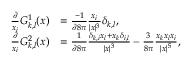
\begin{array} { r l } { \frac { \partial } { x _ { i } } G _ { k , l } ^ { 1 } ( \boldsymbol { x } ) } & { = \frac { - 1 } { \partial 8 \pi } \frac { x _ { i } } { | \boldsymbol { x } | ^ { 3 } } \delta _ { k , l } , } \\ { \frac { \partial } { x _ { i } } G _ { k , l } ^ { 2 } ( \boldsymbol { x } ) } & { = \frac { 1 } { \partial 8 \pi } \frac { \delta _ { k , i } x _ { l } + x _ { k } \delta _ { i , l } } { | \boldsymbol { x } | ^ { 3 } } - \frac { 3 } { 8 \pi } \frac { x _ { k } x _ { l } x _ { i } } { | \boldsymbol { x } | ^ { 5 } } , } \end{array}